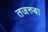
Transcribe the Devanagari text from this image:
तजरुबा